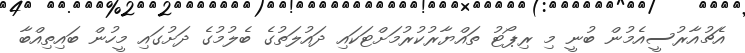
އެޗުއާރުސީއެމުން ބުނީ މި ރިޕޯޓު ތައްޔާރުކުރުމަށްޓަކައި ދައުލަތުގެ ބެލުމުގެ ދަށުގައި މީހުން ބައިތިއްބާ